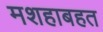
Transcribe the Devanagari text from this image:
मशहाबहत